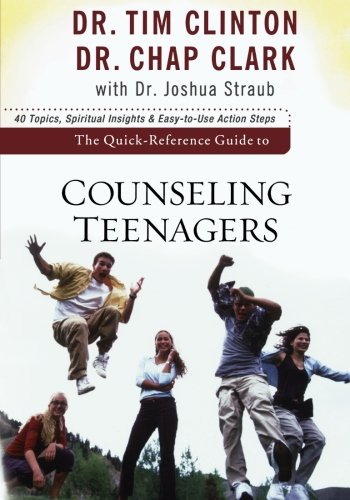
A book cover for The Quick-Reference Guide to Counseling Teenagers; Tim Clinton; Christian Books & Bibles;